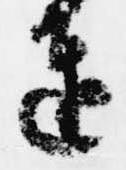
進